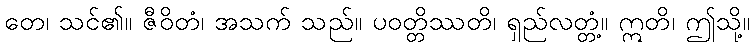
တေ၊ သင်၏။ ဇီဝိတံ၊ အသက် သည်။ ပဝတ္တိဿတိ၊ ရှည်လတ္တံ့။ ဣတိ၊ ဤသို့။